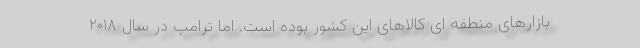
بازارهای منطقه ای کالاهای این کشور بوده است. اما ترامپ در سال ۲۰۱۸